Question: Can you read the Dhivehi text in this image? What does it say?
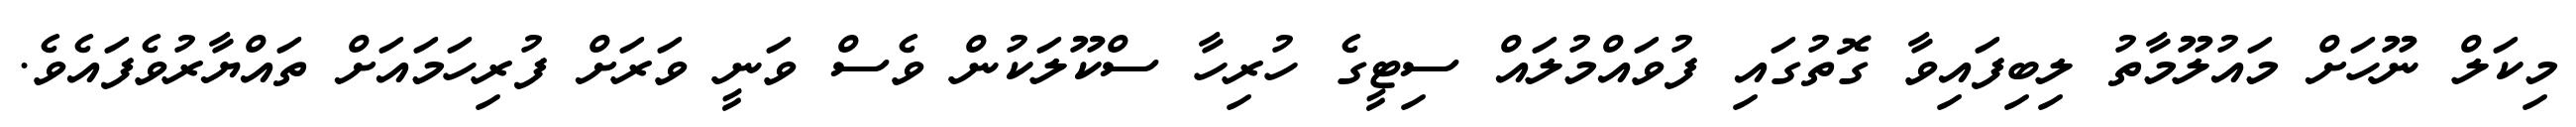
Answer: މިކަލް ނޫހަށް މައުލޫމާތު ލިބިފައިވާ ގޮތުގައި ފުވައްމުލައް ސިޓީގެ ހުރިހާ ސްކޫލަކުން ވެސް ވަނީ ވަރަށް ފުރިހަމައަށް ތައްޔާރުވެފައެވެ.